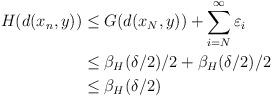
LaTeX: \begin{align*}H(d(x_n,y))&\leq G(d(x_N,y))+\sum_{i=N}^\infty\varepsilon_i\\&\leq \beta_H(\delta/2)/2 + \beta_H(\delta/2)/2\\&\leq\beta_H(\delta/2)\end{align*}